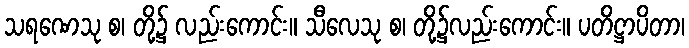
သရဏေသု စ၊ တို့၌ လည်းကောင်း။ သီလေသု စ၊ တို့၌လည်းကောင်း။ ပတိဋ္ဌာပိတာ၊